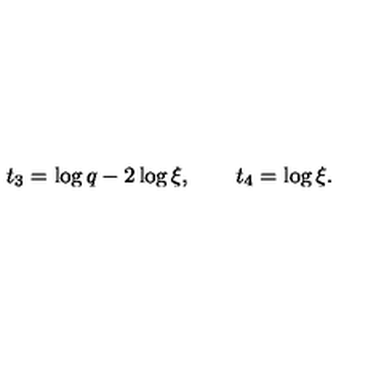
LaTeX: \ t _ { 3 } = \log q - 2 \log \xi , \qquad t _ { 4 } = \log \xi .